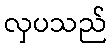
လှပသည်